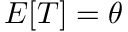
E [ T ] = \theta